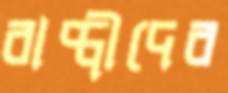
বাপ্পীদের